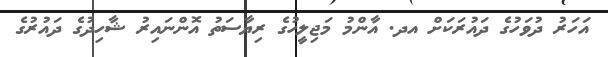
އަހަރު ދުވަހުގެ ދައުރަކަށް އދ. އާންމު މަޖިލީހުގެ ރިޔާސަތު އޮންނައިރު ޝާހިދުގެ ދައުރުގެ